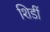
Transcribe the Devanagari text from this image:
शिडीं